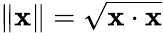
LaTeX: \| \mathbf{x}\| ={\sqrt{\mathbf{x}\cdot\mathbf{x}}}